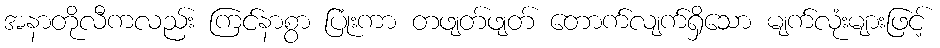
အနာတိုလီကလည်း ကြင်နာစွာ ပြုံးကာ တဖျတ်ဖျတ် တောက်လျက်ရှိသော မျက်လုံးများဖြင့်